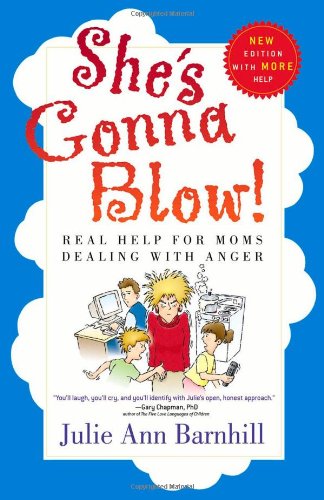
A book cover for She's Gonna Blow!: Real Help for Moms Dealing with Anger; Julie Ann Barnhill; Parenting & Relationships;